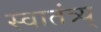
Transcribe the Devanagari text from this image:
स्वातंत्र्य्